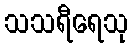
သသရီရေသု